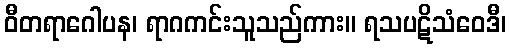
ဝီတရာဂေါပန၊ ရာဂကင်းသူသည်ကား။ ရသပဋိသံဝေဒီ၊